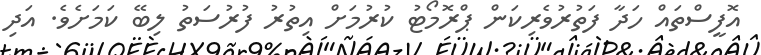
އޮފީސްތައް ހަދާ ފަތުރުވެރިކަން ޕްރޮމޯޓު ކުރުމަށް އިތުރު ފުރުސަތު ލިބޭ ކަމަށެވެ. އަދި